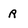
Character: r